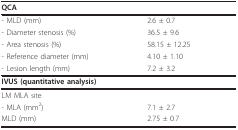
<table><thead><tr><td><b>QCA</b></td><td></td></tr></thead><tbody><tr><td>- MLD (mm)</td><td>2.6 ± 0.7</td></tr><tr><td>- Diameter stenosis (%)</td><td>36.5 ± 9.6</td></tr><tr><td>- Area stenosis (%)</td><td>58.15 ± 12.25</td></tr><tr><td>- Reference diameter (mm)</td><td>4.10 ± 1.10</td></tr><tr><td>- Lesion length (mm)</td><td>7.2 ± 3.2</td></tr><tr><td><b>IVUS (quantitative analysis)</b></td><td></td></tr><tr><td>LM MLA site</td><td></td></tr><tr><td>- MLA (mm<sup>2</sup>)</td><td>7.1 ± 2.7</td></tr><tr><td>MLD (mm)</td><td>2.75 ± 0.7</td></tr></tbody></table>